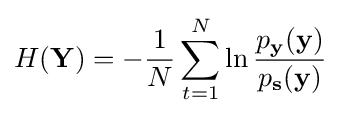
H(\mathbf {Y} )=-{\frac {1}{N}}\sum _{t=1}^{N}\ln {\frac {p_{\mathbf {y} }(\mathbf {y} )}{p_{\mathbf {s} }(\mathbf {y} )}}